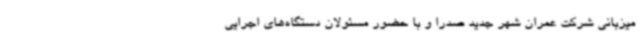
میزبانی شرکت عمران شهر جدید صدرا و با حضور مسئولان دستگاه‌های اجرایی